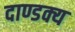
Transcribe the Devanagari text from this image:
दाण्डक्य